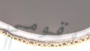
وقومي